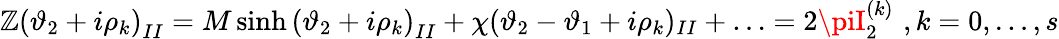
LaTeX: \mathbb{Z}\left(\vartheta_{2}+i\rho_{k}\right)_{II}=M\sinh\left(\vartheta_{2}+i\rho_{k}\right)_{II}+\chi(\vartheta_{2}-\vartheta_{1}+i\rho_{k})_{II}+\ldots=2\piI_{2}^{(k)}\, \, ,k=0,\ldots,s